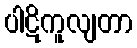
ပါဋိကူလျတာ